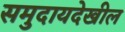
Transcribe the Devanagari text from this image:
समुदायदेखील